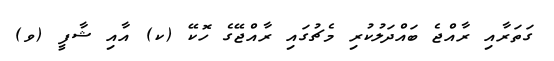
ގަތަރާއި ރާއްޖެ ބައްދަލުކުރި މެޗުގައި ރާއްޖޭގެ ހޮކޭ (ކ) އާއި ޝާފީ (ވ)